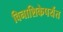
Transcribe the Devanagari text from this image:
विनाशिकेपर्यंत